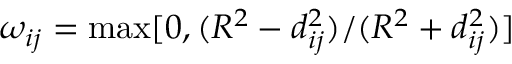
\omega _ { i j } = \mathrm { m a x } [ 0 , ( R ^ { 2 } - d _ { i j } ^ { 2 } ) / ( R ^ { 2 } + d _ { i j } ^ { 2 } ) ]